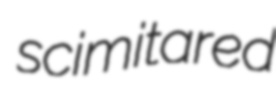
scimitared